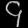
Digit: ၄